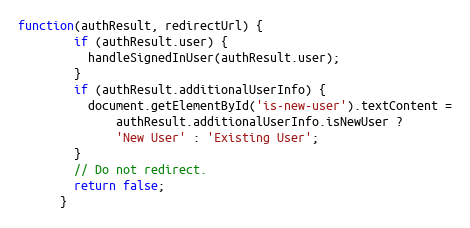
Language: JavaScript
function(authResult, redirectUrl) {
        if (authResult.user) {
          handleSignedInUser(authResult.user);
        }
        if (authResult.additionalUserInfo) {
          document.getElementById('is-new-user').textContent =
              authResult.additionalUserInfo.isNewUser ?
              'New User' : 'Existing User';
        }
        // Do not redirect.
        return false;
      }